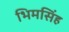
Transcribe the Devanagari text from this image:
भिमसिंह